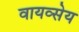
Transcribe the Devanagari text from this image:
वायव्सेय